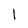
Character: 1